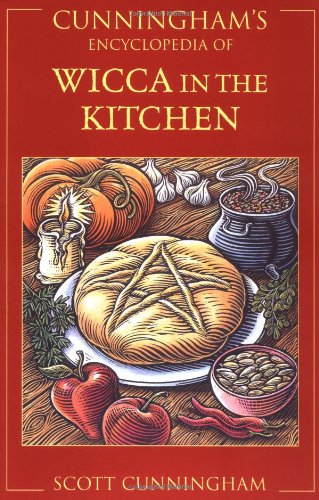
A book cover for Cunningham's Encyclopedia of Wicca in the Kitchen; Scott Cunningham; Reference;